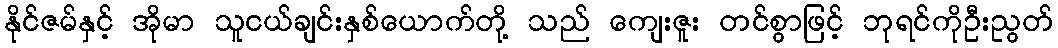
နိုင်ဇမ်နှင့် အိုမာ သူငယ်ချင်းနှစ်ယောက်တို့ သည် ကျေးဇူး တင်စွာဖြင့် ဘုရင်ကိုဦးညွတ်